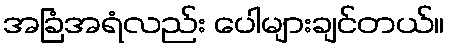
အခြံအရံလည်း ပေါများချင်တယ်။